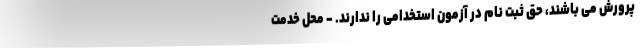
پرورش می باشند، حق ثبت نام در آزمون استخدامی را ندارند. - محل خدمت